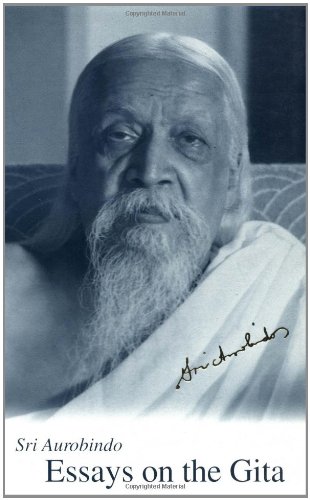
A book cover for Essays on the Gita, New U.S. Paperback Ed.; Sri Aurobindo; Religion & Spirituality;